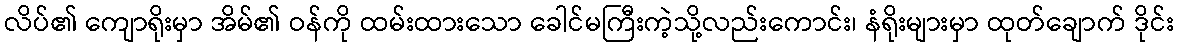
လိပ်၏ ကျောရိုးမှာ အိမ်၏ ဝန်ကို ထမ်းထားသော ခေါင်မကြီးကဲ့သို့လည်းကောင်း၊ နံရိုးများမှာ ထုတ်ချောက် ဒိုင်း